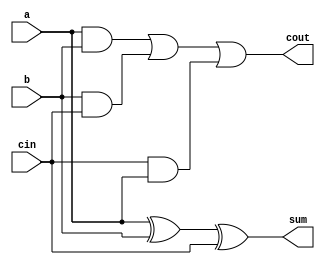
`timescale 1ns / 1ps
module fulladder(a,b,cin,sum,cout);
input a,b,cin;
output sum,cout;

assign sum=a^b^cin;
assign cout=(a&b)|(b&cin)|(cin&a);

endmodule